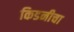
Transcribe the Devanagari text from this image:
किडनीचा